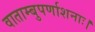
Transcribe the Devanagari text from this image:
वाताम्बुपर्णाशनाः।